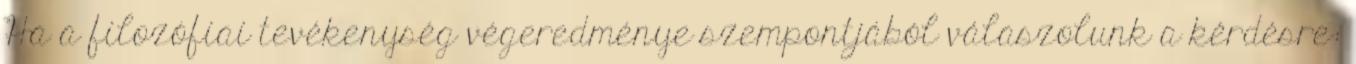
Ha a filozófiai tevékenység végeredménye szempontjából válaszolunk a kérdésre: